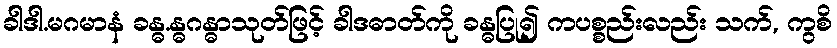
ခါဒါ.မဂမာနံ ခန္ဓ.န္ဓဂန္ဓာသုတ်ဖြင့် ခါဒဓာတ်ကို ခန္ဓပြု၍ ကပစ္စည်းလည်း သက်, ကွစိ